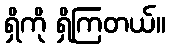
ရှိကို ရှိကြတယ်။